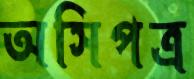
অসিপত্র